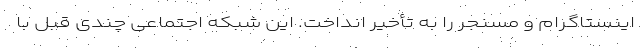
اینستاگرام و مسنجر را به تأخیر انداخت. این شبکه اجتماعی چندی قبل با